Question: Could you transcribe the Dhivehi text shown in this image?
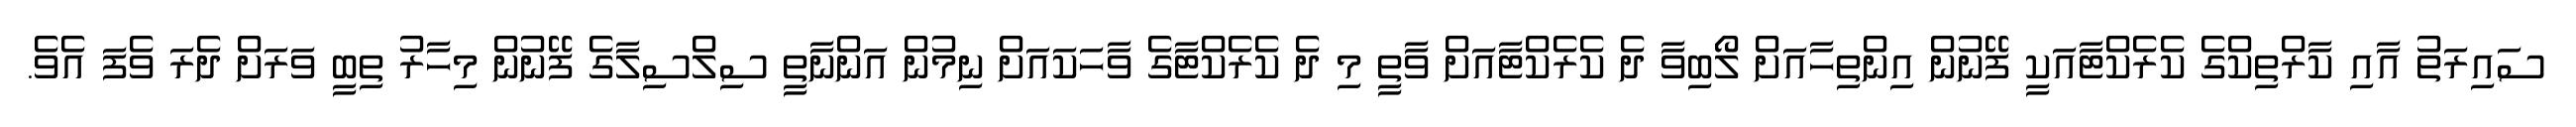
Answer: ސައިރަތު އާއި ކާރްތިކްގެ ކެރެކްޓާއަކީ ފޭނުން އިންތިހާއަށް ލޯބިވާ ދެ ކެރެކްޓާއަށް ވާތީ މި ދެ ކެރެކްޓާގެ ވާހަކައަށް ނިމުން އަންނާތީ ސިލްސިލާގެ ފޭނުން މިހާރު ތިބީ ވަރަށް ދެރަ ވެފަ އެވެ.